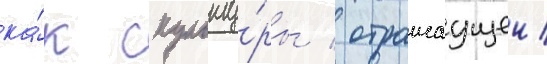
ка́к скульпту́ры / отражаущеи